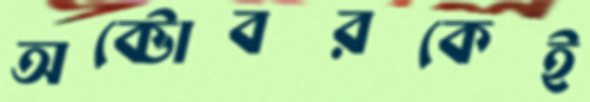
অক্টোবরকেই